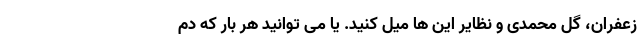
زعفران، گل محمدی و نظایر این ها میل کنید. یا می توانید هر بار که دم